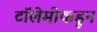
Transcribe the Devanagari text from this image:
टॉलेमीकडून